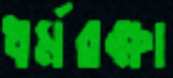
ধর্মরক্ষা